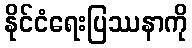
နိုင်ငံရေးပြဿနာကို